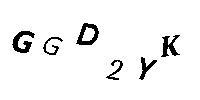
GGD2YK